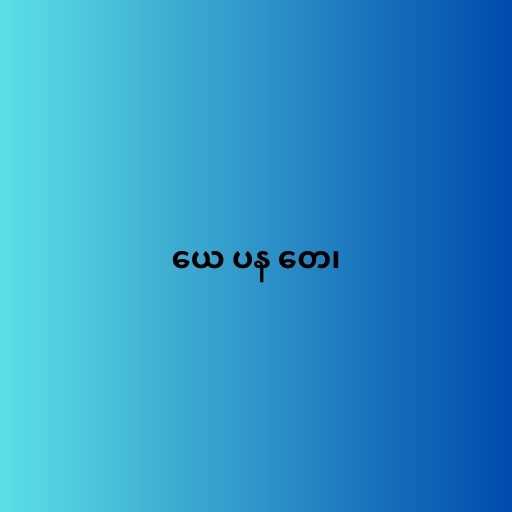
ယေ ပန တေ၊